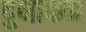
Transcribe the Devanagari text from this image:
दुनाकन